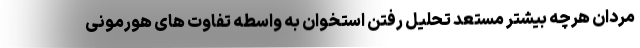
مردان هرچه بیشتر مستعد تحلیل رفتن استخوان به واسطه تفاوت های هورمونی